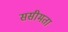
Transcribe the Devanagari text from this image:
ससीमता